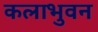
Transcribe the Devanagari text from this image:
कलाभुवन